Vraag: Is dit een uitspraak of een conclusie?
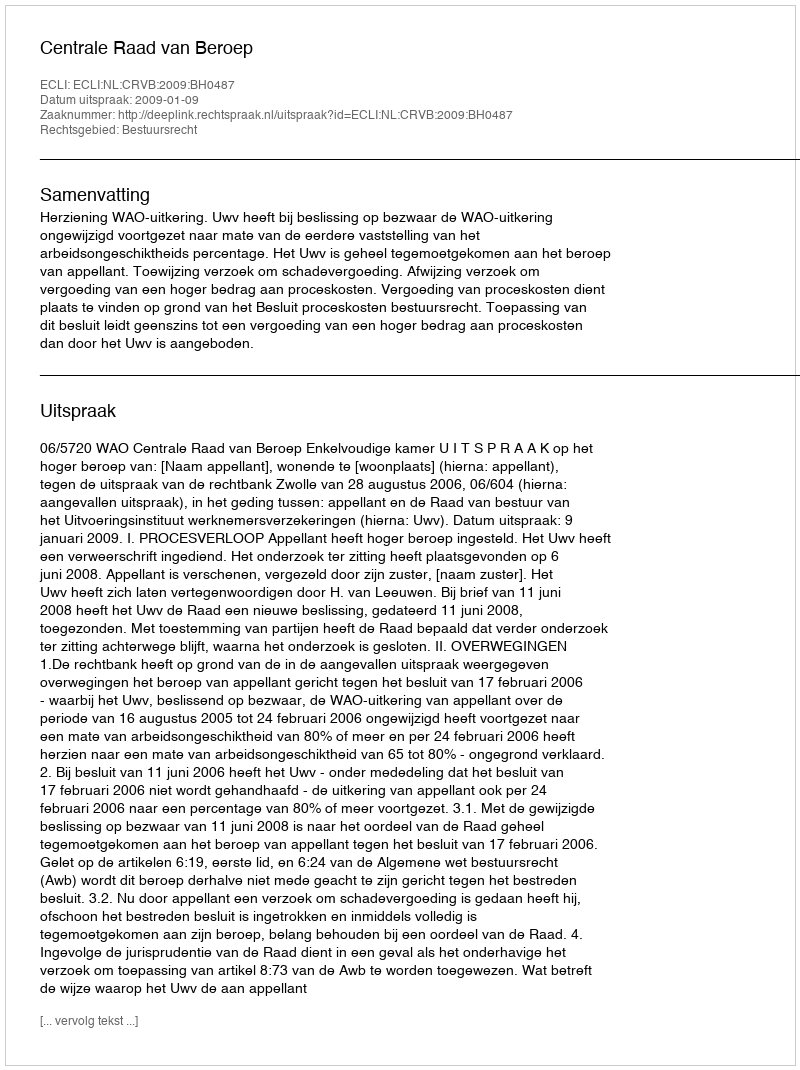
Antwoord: Uitspraak